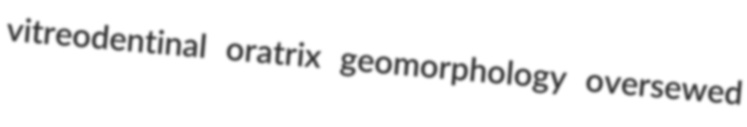
vitreodentinal oratrix geomorphology oversewed